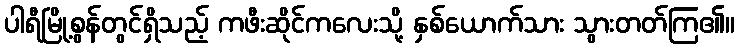
ပါရီမြို့စွန်တွင်ရှိသည့် ကဖီးဆိုင်ကလေးသို့ နှစ်ယောက်သား သွားတတ်ကြ၏။